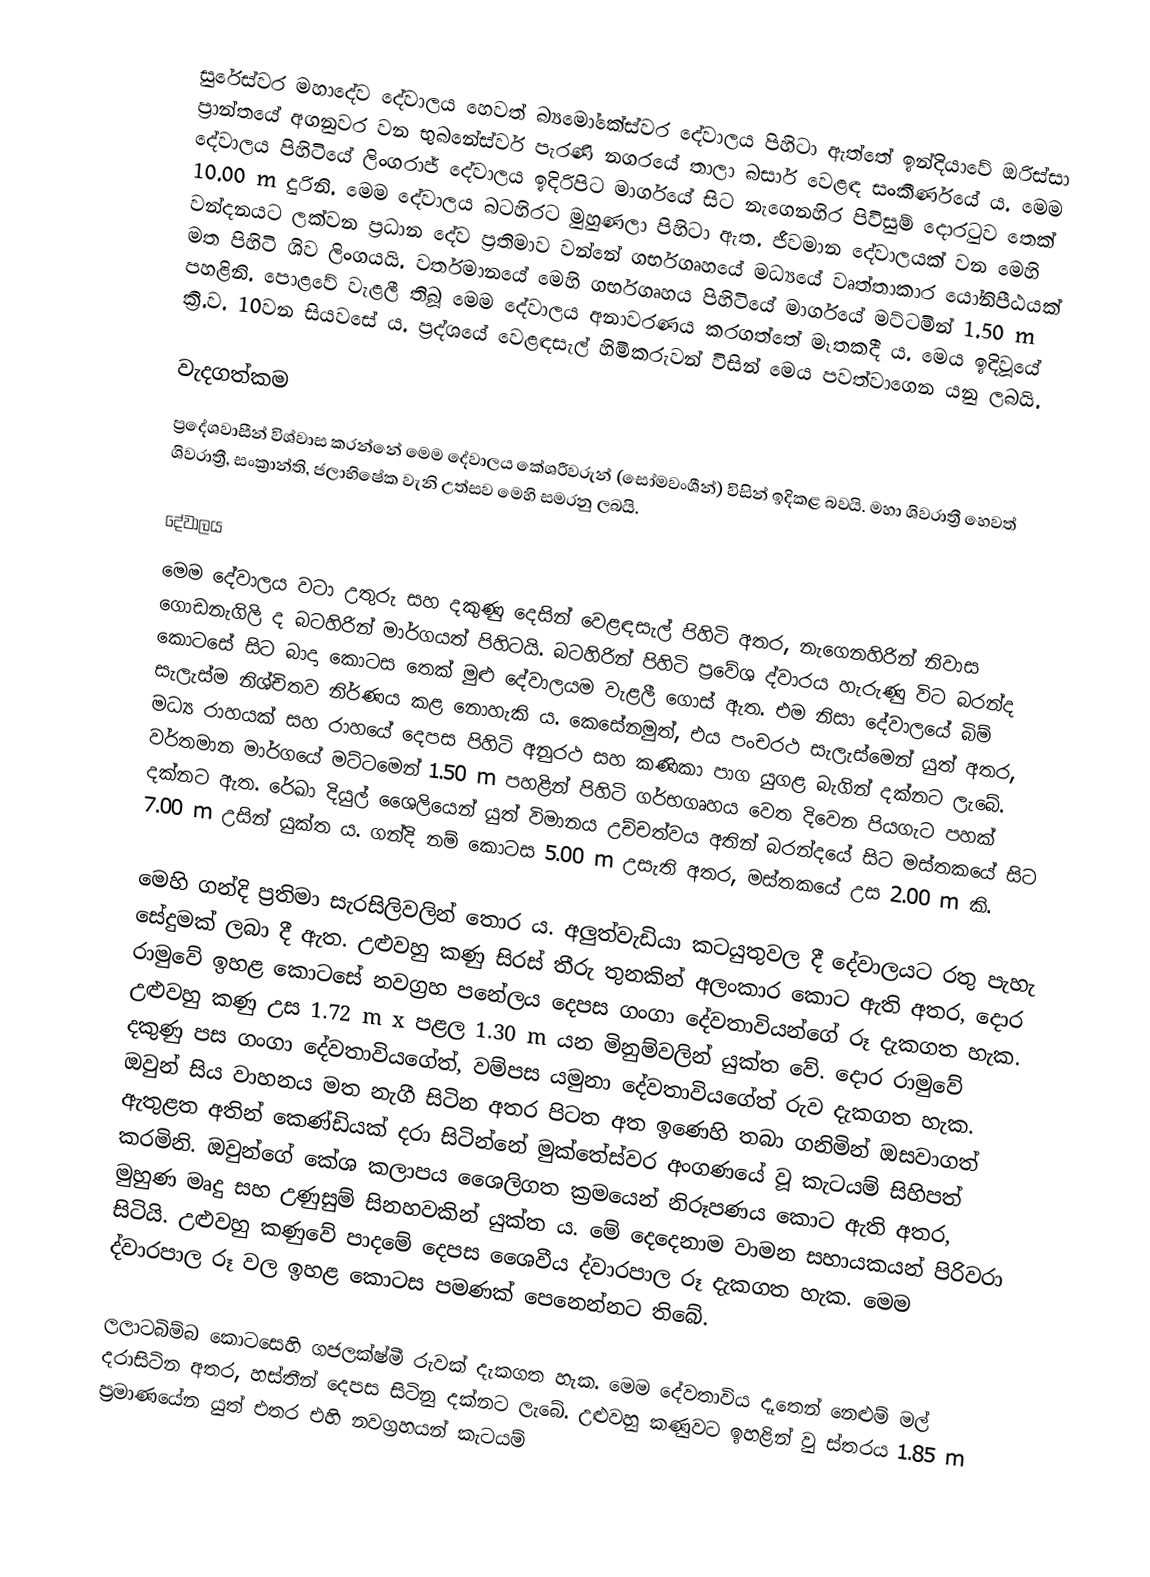
සුරේස්වර මහාදේව දේවාලය හෙවත් බ්‍යමෝකේස්වර දේවාලය පිහිටා ඇත්තේ ඉන්දියාවේ ඔරිස්සා ප්‍රාන්තයේ අගනුවර වන භුබනේස්වර් පැරණි නගරයේ තාලා බසාර් වෙළඳ සංකීර්ණයේ ය. මෙම දේවාලය පිහිටියේ ලිංගරාජ් දේවාලය ඉදිරිපිට මාර්ගයේ සිට නැගෙනහිර පිවිසුම් දොරටුව තෙක් 10.00 m දුරිනි. මෙම දේවාලය බටහිරට මුහුණලා පිහිටා ඇත. ජීවමාන දේවාලයක් වන මෙහි වන්දනයට ලක්වන ප්‍රධාන දේව ප්‍රතිමාව වන්නේ ගර්භගෘහයේ මධ්‍යයේ වෘත්තාකාර යෝනිපීඨයක් මත පිහිටි ශිව ලිංගයයි. වර්තමානයේ මෙහි ගර්භගෘහය පිහිටියේ මාර්ගයේ මට්ටමින් 1.50 m පහළිනි. පොළවේ වැළලී තිබූ මෙම දේවාලය අනාවරණය කරගත්තේ මෑතකදී ය. මෙය ඉදිවූයේ ක්‍රි.ව. 10වන සියවසේ ය. ප්‍රද්ශයේ වෙළඳසැල් හිමිකරුවන් විසින් මෙය පවත්වාගෙන යනු ලබයි.

වැදගත්කම
ප්‍රදේශවාසීන් විශ්වාස කරන්නේ මෙම දේවාලය කේශරීවරුන් (සෝමවංශීන්) විසින් ඉදිකළ බවයි. මහා ශිවරාත්‍රී හෙවත් ශිවරාත්‍රී, සංක්‍රාන්ති, ජලාභිෂේක වැනි උත්සව මෙහි සමරනු ලබයි.

දේවාලය
මෙම දේවාලය වටා උතුරු සහ දකුණු දෙසින් වෙළඳසැල් පිහිටි අතර, නැගෙනහිරින් නිවාස ගොඩනැගිලි ද බටහිරින් මාර්ගයත් පිහිටයි. බටහිරින් පිහිටි ප්‍රවේශ ද්වාරය හැරුණු විට බරන්ද කොටසේ සිට බාදා කොටස තෙක් මුළු දේවාලයම වැළලී ගොස් ඇත. එම නිසා දේවාලයේ බිම් සැලැස්ම නිශ්චිතව නිර්ණය කළ නොහැකි ය. කෙසේනමුත්, එය පංචරථ සැලැස්මෙන් යුත් අතර, මධ්‍ය රාහයක් සහ රාහයේ දෙපස පිහිටි අනුරථ සහ කණිකා පාග යුගළ බැගින් දක්නට ලැබේ.  වර්තමාන මාර්ගයේ මට්ටමෙන් 1.50 m පහළින් පිහිටි ගර්භගෘහය වෙත දිවෙන පියගැට පහක් දක්නට ඇත. රේඛා දියුල් ශෛලියෙන් යුත් විමානය උච්චත්වය අතින් බරන්දයේ සිට මස්තකයේ සිට 7.00 m උසින් යුක්ත ය. ගන්දි නම් කොටස 5.00 m උසැති අතර, මස්තකයේ උස 2.00 m කි.

මෙහි ගන්දි ප්‍රතිමා සැරසිලිවලින් තොර ය. අලුත්වැඩියා කටයුතුවල දී දේවාලයට රතු පැහැ සේදුමක් ලබා දී ඇත. උළුවහු කණු සිරස් තීරු තුනකින් අලංකාර කොට ඇති අතර, දොර රාමුවේ ඉහළ කොටසේ නවග්‍රහ පනේලය දෙපස ගංගා දේවතාවියන්ගේ රූ දැකගත හැක. උළුවහු කණු උස 1.72 m x පළල 1.30 m යන මිනුම්වලින් යුක්ත වේ. දොර රාමුවේ දකුණු පස ගංගා දේවතාවියගේත්, වම්පස යමුනා දේවතාවියගේත් රුව දැකගත හැක. ඔවුන් සිය වාහනය මත නැගී සිටින අතර පිටත අත ඉණෙහි තබා ගනිමින් ඔසවාගත් ඇතුළත අතින් කෙණ්ඩියක් දරා සිටින්නේ මුක්තේස්වර අංගණයේ වූ කැටයම් සිහිපත් කරමිනි. ඔවුන්ගේ කේශ කලාපය ශෛලිගත ක්‍රමයෙන් නිරූපණය කොට ඇති අතර, මුහුණ මෘදු සහ උණුසුම් සිනහවකින් යුක්ත ය. මේ දෙදෙනාම වාමන සහායකයන් පිරිවරා සිටියි. උළුවහු කණුවේ පාදමේ දෙපස ශෛවීය ද්වාරපාල රූ දැකගත හැක. මෙම ද්වාරපාල රූ වල ඉහළ කොටස පමණක් පෙනෙන්නට තිබේ.

ලලාටබිම්බ කොටසෙහි ගජලක්ෂ්මී රුවක් දැකගත හැක. මෙම දේවතාවිය දෑතෙන් නෙළුම් මල් දරාසිටින අතර, හස්තීන් දෙපස සිටිනු දක්නට ලැබේ. උළුවහු කණුවට ඉහළින් වු ස්තරය 1.85 m ප්‍රමාණයේන යුත් එතර එහි නවග්‍රහයන් කැටයම්